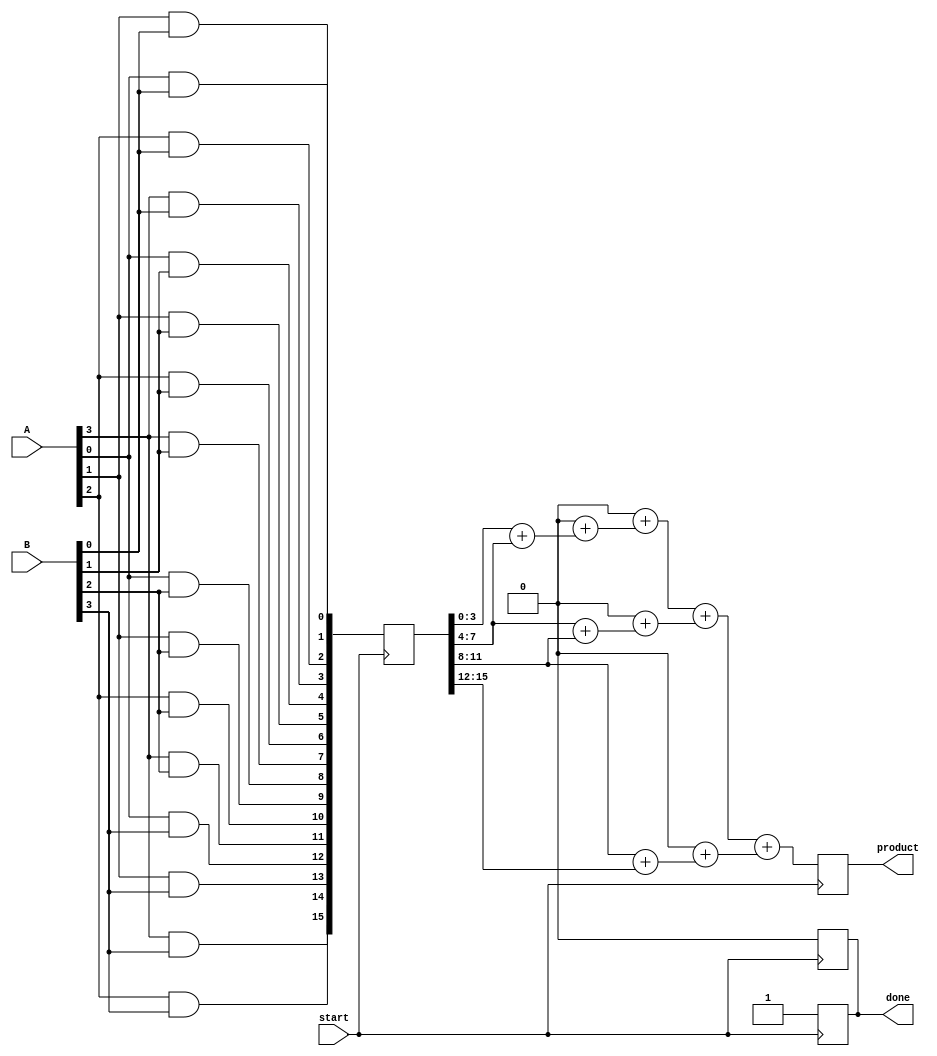
module async_wallace_tree_multiplier #(parameter A_WIDTH = 4, B_WIDTH = 4)(
    input [A_WIDTH-1:0] A,
    input [B_WIDTH-1:0] B,
    input start,
    output reg [2*A_WIDTH-1:0] product,
    output reg done
);

    // Internal signals
    reg [A_WIDTH * B_WIDTH - 1:0] partial_products;
    reg [2*A_WIDTH-1:0] sum;
    reg [2*A_WIDTH-1:0] carry;
    reg [A_WIDTH + B_WIDTH - 1:0] stage1 [0:B_WIDTH-1];
    reg [A_WIDTH + B_WIDTH - 1:0] stage2 [0:B_WIDTH-2];
    integer i, j;

    // Partial Product Generation
    always @(posedge start) begin
        for (i = 0; i < B_WIDTH; i = i + 1) begin
            for (j = 0; j < A_WIDTH; j = j + 1) begin
                partial_products[i * A_WIDTH + j] = A[j] & B[i];
            end
        end
        done = 0; // Reset done signal
    end

    // Wallace Tree Reduction
    always @(posedge start) begin
        // Stage 1: Grouping and summing
        for (i = 0; i < B_WIDTH; i = i + 1) begin
            stage1[i] = {1'b0, partial_products[i * A_WIDTH +: A_WIDTH]};
        end

        // Reduce using Full Adders and Half Adders
        for (i = 0; i < B_WIDTH - 1; i = i + 1) begin
            {carry, sum} = stage1[i] + stage1[i + 1];
            stage2[i] = carry + sum; // Carry-save addition
        end

        // Final addition
        product = 0;
        for (i = 0; i < B_WIDTH - 1; i = i + 1) begin
            product = product + stage2[i];
        end

        // Signal completion
        done = 1;
    end

endmodule